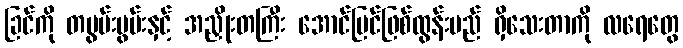
ခြင်ကို တဗွမ်းဗွမ်းနှင့် အညှိုးတကြီး အောင်မြင်ဖြစ်ထွန်းမည် ရှိသေးတာကို လရေတွေ